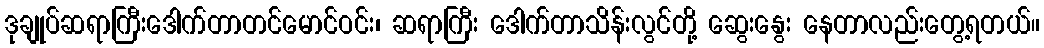
ဒုချုပ်ဆရာကြီးဒေါက်တာတင်မောင်ဝင်း၊ ဆရာကြီး ဒေါက်တာသိန်းလွင်တို့ ဆွေးနွေး နေတာလည်းတွေ့ရတယ်။